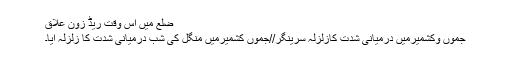
ضلع میں اس وقت ریڈ زون علاق
جموں وکشمیرمیں درمیانی شدت کازلزلہ سرینگر//جموں کشمیرمیں منگل کی شب درمیانی شدت کا زلزلہ آیا۔